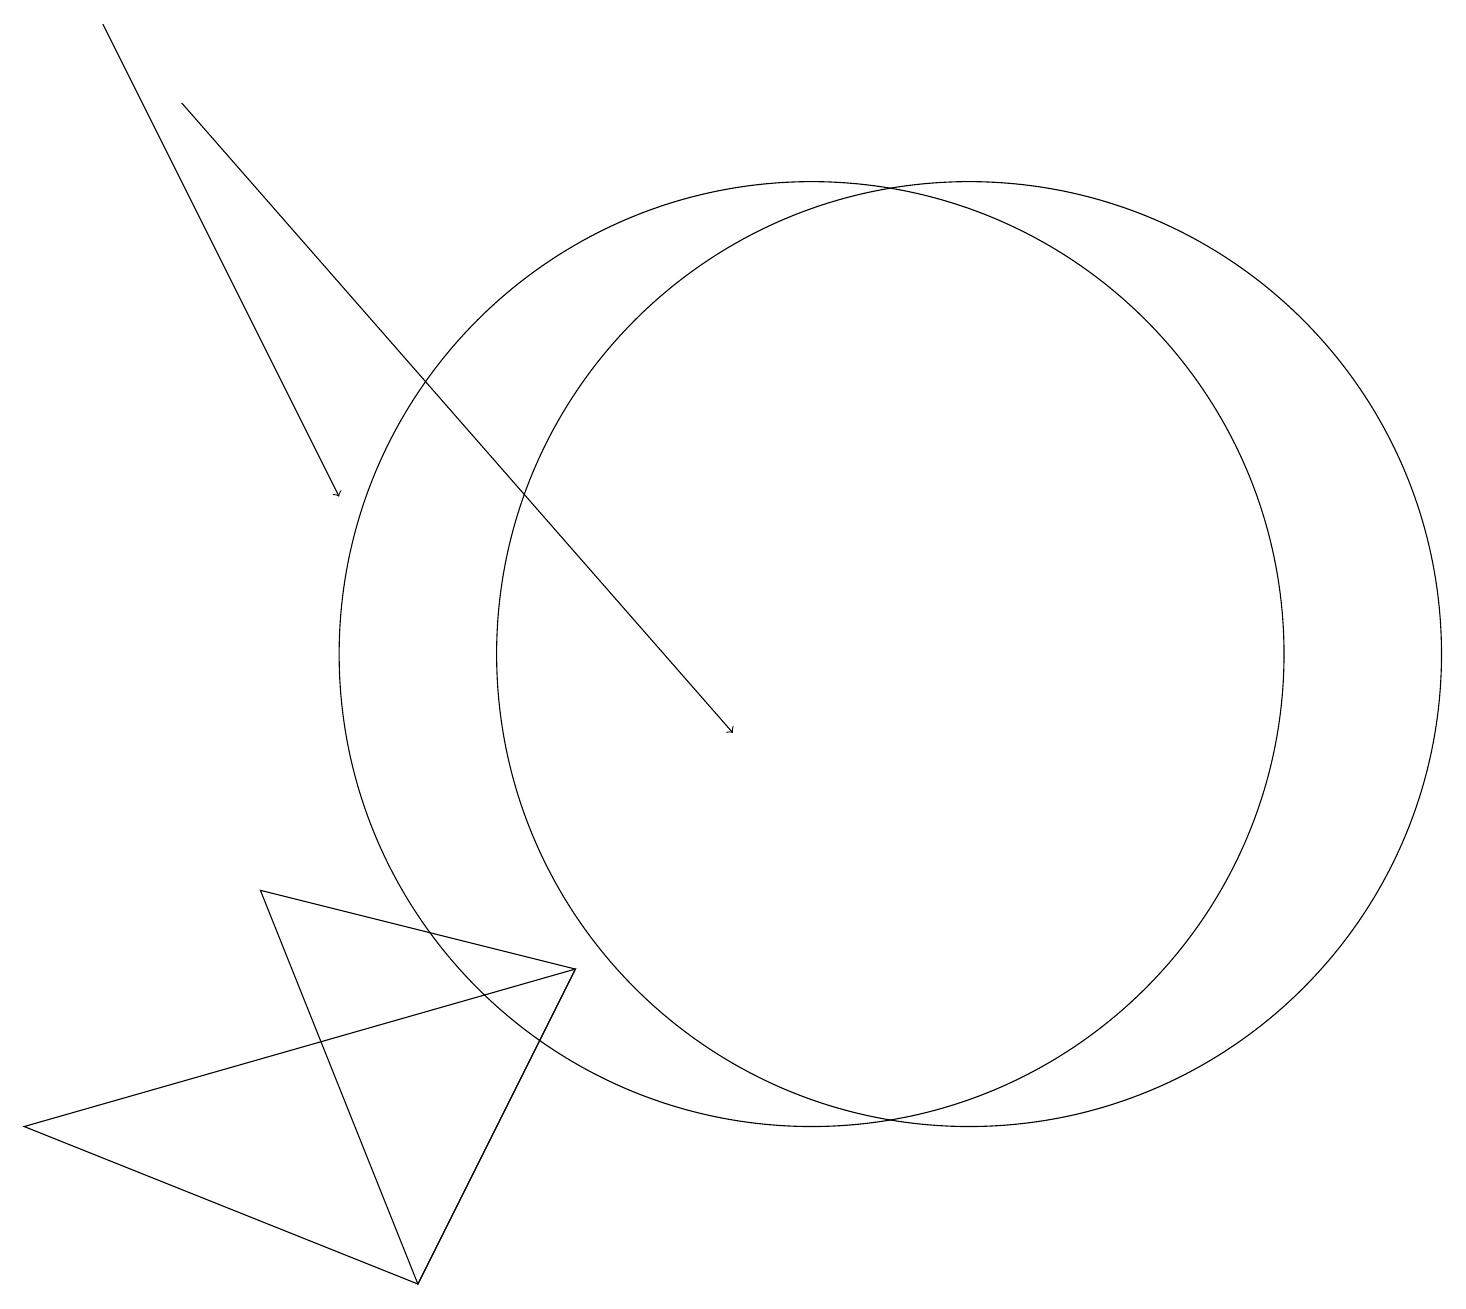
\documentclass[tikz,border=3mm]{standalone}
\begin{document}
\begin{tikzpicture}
\draw (0,5) -- (5,3) -- (7,7) -- cycle;
\draw[->] (2,18) -- (9,10);
\draw[->] (1,19) -- (4,13);
\draw (3,8) -- (5,3) -- (7,7) -- cycle;
\draw (10,11) circle (6);
\draw (12,11) circle (6);
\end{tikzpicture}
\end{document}